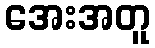
အေးအတူ